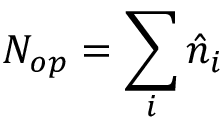
N _ { o p } = \sum _ { i } \hat { n } _ { i }